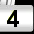
Digit: 3